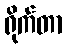
ရိုက်တာ